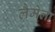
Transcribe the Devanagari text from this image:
लैमेला